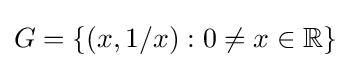
{\textstyle G=\{(x,1/x):0\neq x\in \mathbb {R} \}}